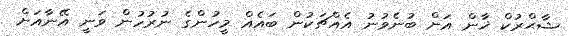
ޝާޙްރުކް ޚާން އަށް ބުނެވުނު އެއްޗަކުން ބައެއް މީހުންގެ ނުރުހުން ވަނީ އޭނާއަށް